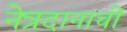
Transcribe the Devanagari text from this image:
नेत्रदानाची